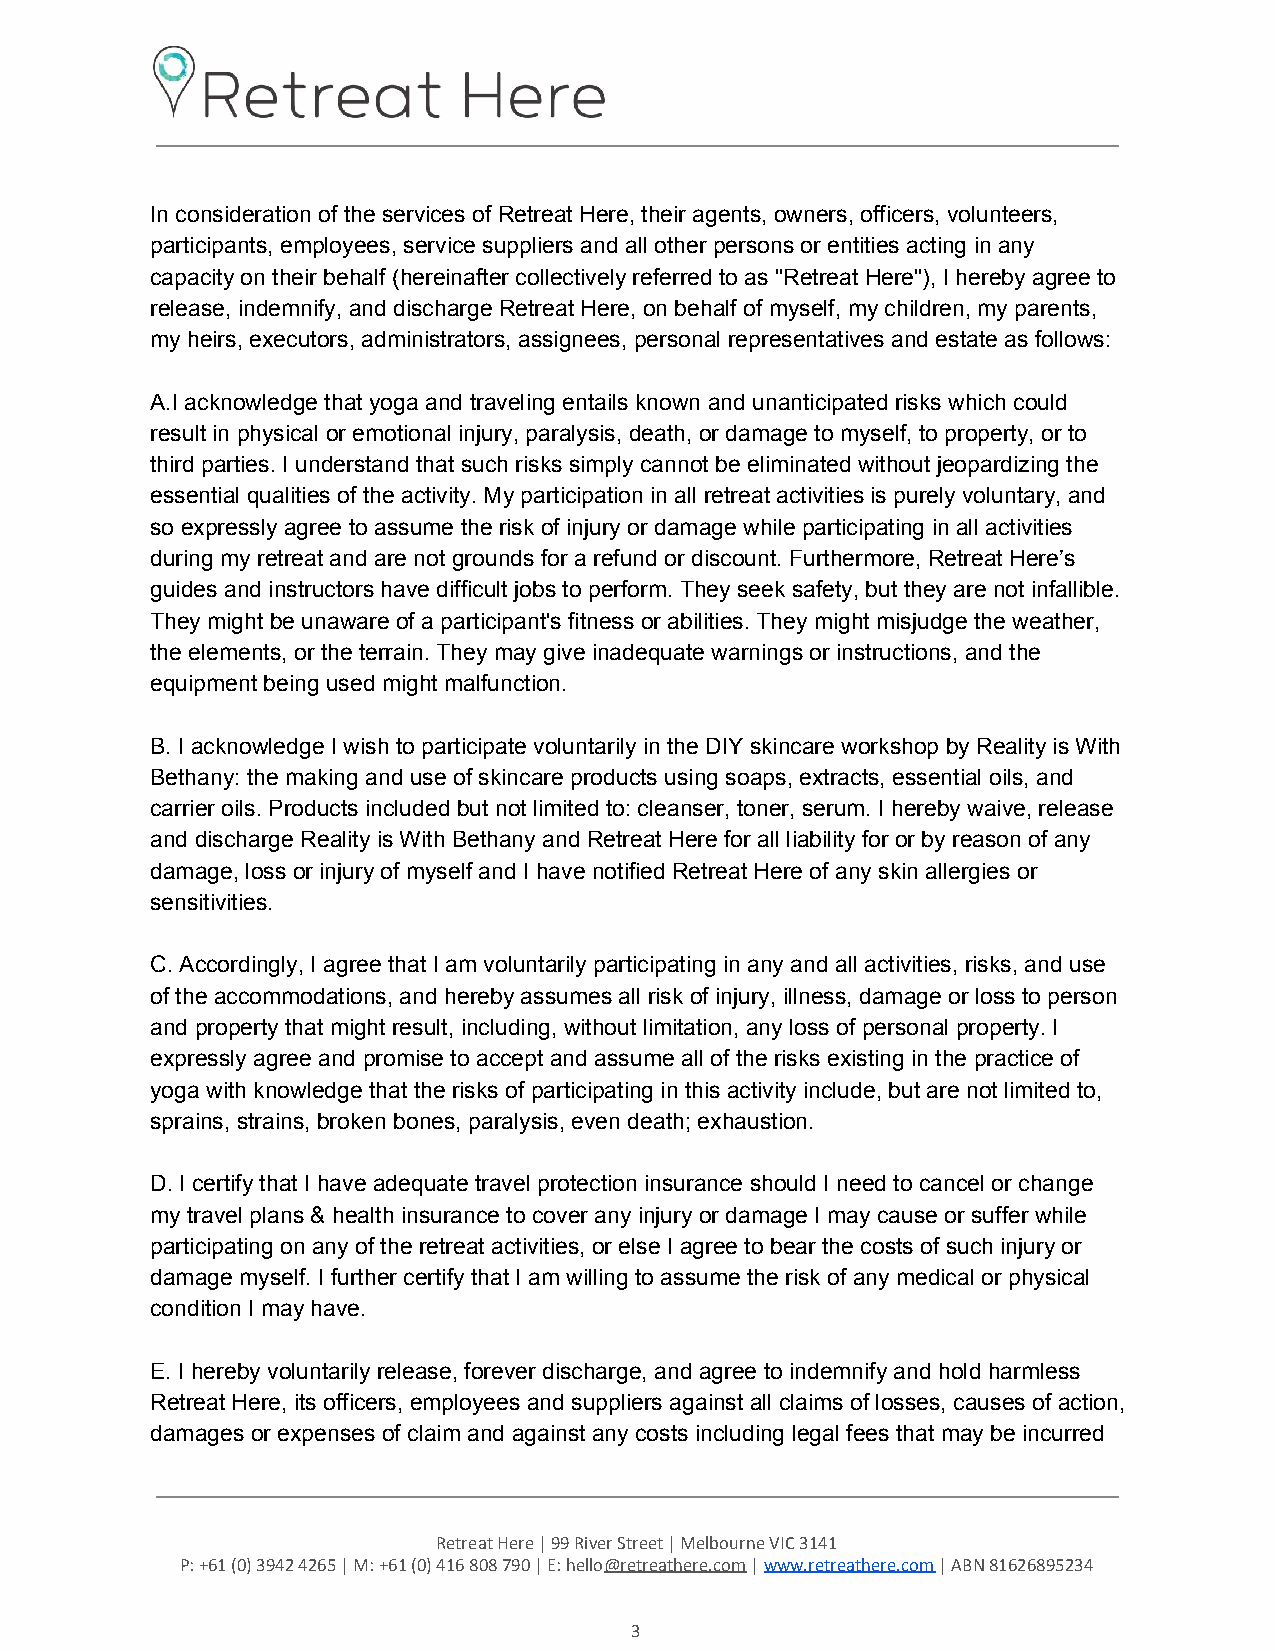
In consideration of the services of Retreat Here, their agents, owners, officers, volunteers,
 participants, employees, service suppliers and all other persons or entities acting in any
 capacity on their behalf (hereinafter collectively referred to as "Retreat Here"), I hereby agree to
 release, indemnify, and discharge Retreat Here, on behalf of myself, my children, my parents,
 my heirs, executors, administrators, assignees, personal representatives and estate as follows:
 A.I acknowledge that yoga and traveling entails known and unanticipated risks which could
 result in physical or emotional injury, paralysis, death, or damage to myself, to property, or to
 third parties. I understand that such risks simply cannot be eliminated without jeopardizing the
 essential qualities of the activity. My participation in all retreat activities is purely voluntary, and
 so expressly agree to assume the risk of injury or damage while participating in all activities
 during my retreat and are not grounds for a refund or discount. Furthermore, Retreat Here’s
 guides and instructors have difficult jobs to perform. They seek safety, but they are not infallible.
 They might be unaware of a participant's fitness or abilities. They might misjudge the weather,
 the elements, or the terrain. They may give inadequate warnings or instructions, and the
 equipment being used might malfunction.
 B. I acknowledge I wish to participate voluntarily in the DIY skincare workshop by Reality is With
 Bethany: the making and use of skincare products using soaps, extracts, essential oils, and
 carrier oils. Products included but not limited to: cleanser, toner, serum. I hereby waive, release
 and discharge Reality is With Bethany and Retreat Here for all liability for or by reason of any
 damage, loss or injury of myself and I have notified Retreat Here of any skin allergies or
 sensitivities.
 C. Accordingly, I agree that I am voluntarily participating in any and all activities, risks, and use
 of the accommodations, and hereby assumes all risk of injury, illness, damage or loss to person
 and property that might result, including, without limitation, any loss of personal property. I
 expressly agree and promise to accept and assume all of the risks existing in the practice of
 yoga with knowledge that the risks of participating in this activity include, but are not limited to,
 sprains, strains, broken bones, paralysis, even death; exhaustion.
 D. I certify that I have adequate travel protection insurance should I need to cancel or change
 my travel plans & health insurance to cover any injury or damage I may cause or suffer while
 participating on any of the retreat activities, or else I agree to bear the costs of such injury or
 damage myself. I further certify that I am willing to assume the risk of any medical or physical
 condition I may have.
 E. I hereby voluntarily release, forever discharge, and agree to indemnify and hold harmless
 Retreat Here, its officers, employees and suppliers against all claims of losses, causes of action,
 damages or expenses of claim and against any costs including legal fees that may be incurred
 Retreat Here | 99 River Street | Melbourne VIC 3141
 P: +61 (0) 3942 4265 | M: +61 (0) 416 808 790 | E: hello@retreathere.com | www.retreathere.com | ABN 81626895234
 ​        ​ ​          ​
 3